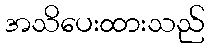
အသိပေးထားသည်